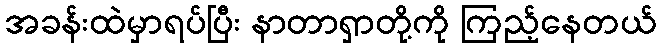
အခန်းထဲမှာရပ်ပြီး နာတာရှာတို့ကို ကြည့်နေတယ်